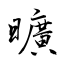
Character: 曠